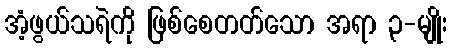
အံ့ဖွယ်သရဲကို ဖြစ်စေတတ်သော အရာ ၃-မျိုး